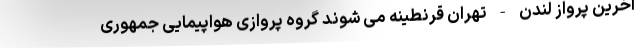
آخرین پرواز لندن - تهران قرنطینه می شوند گروه پروازی هواپیمایی جمهوری